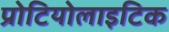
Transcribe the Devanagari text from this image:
प्रोटियोलाइटिक